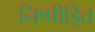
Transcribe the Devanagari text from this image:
निष्पीड़ित